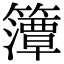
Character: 𮆨